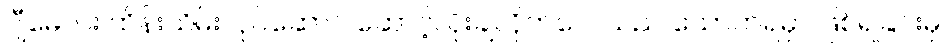
ဂျီမေလ်း ထိန်းသိမ်းလုပ်ဆောင် ဆောင့်လိုးချလိုက်လေသည် သောက်ရမှာ ဖြစ်ရခြင်းမှ